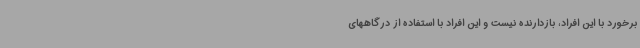
برخورد با این افراد، بازدارنده نیست و این افراد با استفاده از درگاههای